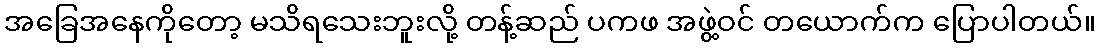
အခြေအနေကိုတော့ မသိရသေးဘူးလို့ တန့်ဆည် ပကဖ အဖွဲ့ဝင် တယောက်က ပြောပါတယ်။